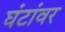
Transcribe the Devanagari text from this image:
घंटांवर